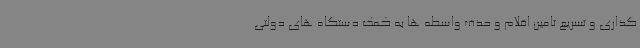
گذاری و تسریع تامین اقلام و حذف واسطه ها به کمک دستگاه های دولتی